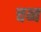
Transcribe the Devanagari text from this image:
चब्ब